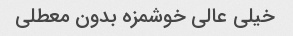
خیلی عالی خوشمزه بدون معطلی